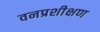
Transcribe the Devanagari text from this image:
वनप्रशीक्षण